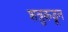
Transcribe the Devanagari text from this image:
शत्रुकडून